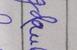
Signature authenticity: forged